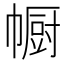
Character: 㡡